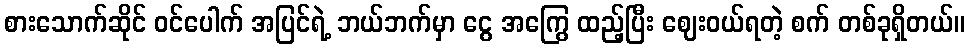
စားသောက်ဆိုင် ဝင်ပေါက် အပြင်ရဲ့ ဘယ်ဘက်မှာ ငွေ အကြွေ ထည့်ပြီး ဈေးဝယ်ရတဲ့ စက် တစ်ခုရှိတယ်။